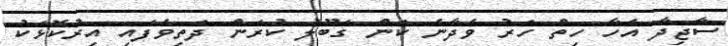
ސާޖިދާ އެހާ ހިތް ހަރު ވެދާނެ ކަން ގަބޫލު ކުރަން ދަތިވެފައި އިރުކޮޅަކު